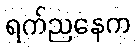
ရက်ညနေက